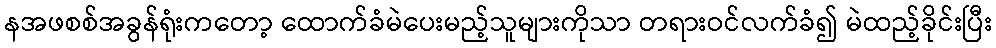
နအဖစစ်အခွန်ရုံးကတော့ ထောက်ခံမဲပေးမည့်သူများကိုသာ တရားဝင်လက်ခံ၍ မဲထည့်ခိုင်းပြီး